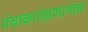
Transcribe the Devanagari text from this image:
मंचाकारोहणानंतर